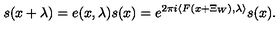
s ( x + \lambda ) = e ( x , \lambda ) s ( x ) = e ^ { 2 \pi i \langle F ( x + \Xi _ { W } ) , \lambda \rangle } s ( x ) .